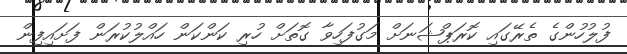
ފުލުހުންގެ ތެރޭގައި ކޮރަޕްޝަނަށް މަގުފަހިވާ ގޮތަށް ހުރި ކަންކަން ހައްލުކުރަން ފަށައިފިން